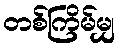
တစ်ကြိမ်မျှ